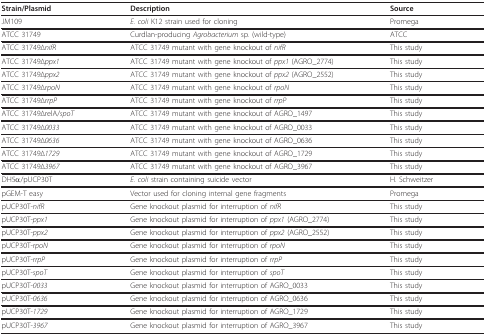
<table><thead><tr><td><b>Strain/Plasmid</b></td><td><b>Description</b></td><td><b>Source</b></td></tr></thead><tbody><tr><td>JM109</td><td><i>E. coli </i>K12 strain used for cloning</td><td>Promega</td></tr><tr><td>ATCC 31749</td><td>Curdlan-producing <i>Agrobacterium </i>sp. (wild-type)</td><td>ATCC</td></tr><tr><td>ATCC 31749Δ<i>nifR</i></td><td>ATCC 31749 mutant with gene knockout of <i>nifR</i></td><td>This study</td></tr><tr><td>ATCC 31749Δ<i>ppx1</i></td><td>ATCC 31749 mutant with gene knockout of <i>ppx1 </i>(AGRO_2774)</td><td>This study</td></tr><tr><td>ATCC 31749Δ<i>ppx2</i></td><td>ATCC 31749 mutant with gene knockout of <i>ppx2 </i>(AGRO_2552)</td><td>This study</td></tr><tr><td>ATCC 31749Δ<i>rpoN</i></td><td>ATCC 31749 mutant with gene knockout of <i>rpoN</i></td><td>This study</td></tr><tr><td>ATCC 31749Δ<i>rrpP</i></td><td>ATCC 31749 mutant with gene knockout of <i>rrpP</i></td><td>This study</td></tr><tr><td>ATCC 31749ΔrelA/<i>spoT</i></td><td>ATCC 31749 mutant with gene knockout of AGRO_1497</td><td>This study</td></tr><tr><td>ATCC 31749Δ<i>0033</i></td><td>ATCC 31749 mutant with gene knockout of AGRO_0033</td><td>This study</td></tr><tr><td>ATCC 31749Δ<i>0636</i></td><td>ATCC 31749 mutant with gene knockout of AGRO_0636</td><td>This study</td></tr><tr><td>ATCC 31749Δ<i>1729</i></td><td>ATCC 31749 mutant with gene knockout of AGRO_1729</td><td>This study</td></tr><tr><td>ATCC 31749Δ<i>3967</i></td><td>ATCC 31749 mutant with gene knockout of AGRO_3967</td><td>This study</td></tr><tr><td>DH5α/pUCP30T</td><td><i>E. coli </i>strain containing suicide vector</td><td>H. Schweitzer</td></tr><tr><td>pGEM-T easy</td><td>Vector used for cloning internal gene fragments</td><td>Promega</td></tr><tr><td>pUCP30T-<i>nifR</i></td><td>Gene knockout plasmid for interruption of <i>nifR</i></td><td>This study</td></tr><tr><td>pUCP30T-<i>ppx1</i></td><td>Gene knockout plasmid for interruption of <i>ppx1 </i>(AGRO_2774)</td><td>This study</td></tr><tr><td>pUCP30T-<i>ppx2</i></td><td>Gene knockout plasmid for interruption of <i>ppx2 </i>(AGRO_2552)</td><td>This study</td></tr><tr><td>pUCP30T-<i>rpoN</i></td><td>Gene knockout plasmid for interruption of <i>rpoN</i></td><td>This study</td></tr><tr><td>pUCP30T-<i>rrpP</i></td><td>Gene knockout plasmid for interruption of <i>rrpP</i></td><td>This study</td></tr><tr><td>pUCP30T-<i>spoT</i></td><td>Gene knockout plasmid for interruption of <i>spoT</i></td><td>This study</td></tr><tr><td>pUCP30T-<i>0033</i></td><td>Gene knockout plasmid for interruption of AGRO_0033</td><td>This study</td></tr><tr><td>pUCP30T-<i>0636</i></td><td>Gene knockout plasmid for interruption of AGRO_0636</td><td>This study</td></tr><tr><td>pUCP30T-<i>1729</i></td><td>Gene knockout plasmid for interruption of AGRO_1729</td><td>This study</td></tr><tr><td>pUCP30T-<i>3967</i></td><td>Gene knockout plasmid for interruption of AGRO_3967</td><td>This study</td></tr></tbody></table>